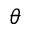
\theta